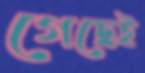
গেছেই